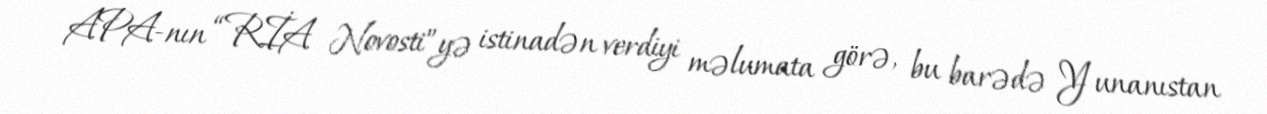
APA-nın “RİA Novosti”yə istinadən verdiyi məlumata görə, bu barədə Yunanıstan